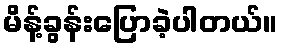
မိန့်ခွန်းပြောခဲ့ပါတယ်။